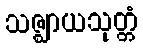
သဇ္ဈာယသုတ္တံ